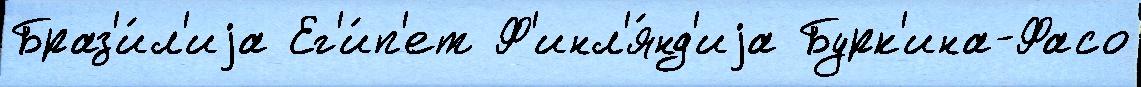
Браз'и́л'иjа Ег'и́п'ет Ф'инл'я́нд'иjа Бурк'ина-Фасо